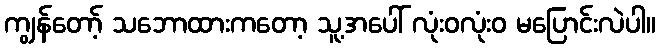
ကျွန်တော့် သဘောထားကတော့ သူ့အပေါ် လုံးဝလုံးဝ မပြောင်းလဲပါ။